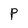
Character: P